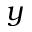
y